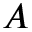
{ A }